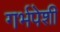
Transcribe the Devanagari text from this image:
गर्भपेशी